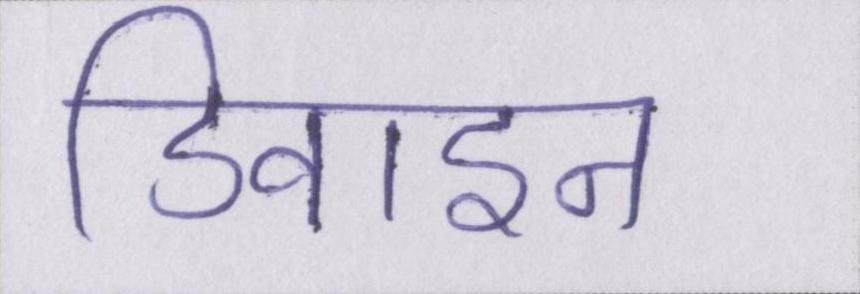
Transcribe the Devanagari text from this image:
डिवाइन